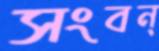
সংবন্